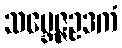
သမ္ဘေဇ္ဇဥဒကံ